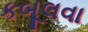
કબૂલવા